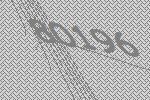
80196